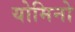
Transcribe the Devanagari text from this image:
योमिनो